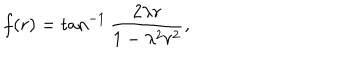
f ( r ) = \tan ^ { - 1 } \frac { 2 \lambda r } { 1 - \lambda ^ { 2 } r ^ { 2 } } ,